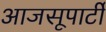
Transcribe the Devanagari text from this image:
आजसूपार्टी